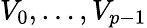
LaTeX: V_{0},\dots,V_{p-1}